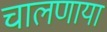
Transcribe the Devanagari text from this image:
चालणाया